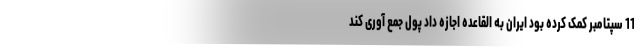
11 سپتامبر کمک کرده بود ایران به القاعده اجازه داد پول جمع آوری کند